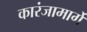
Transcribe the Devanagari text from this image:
कारंजामार्गे